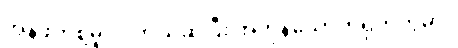
အန်ဖတ်စို့မူးလဲတယ်ဆိုပြီး အကုန်သောက်ရှက်ကွဲမှာ။